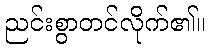
ညင်းစွာတင်လိုက်၏။